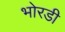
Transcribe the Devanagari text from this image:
भोरडी